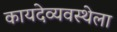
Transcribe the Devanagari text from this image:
कायदेव्यवस्थेला